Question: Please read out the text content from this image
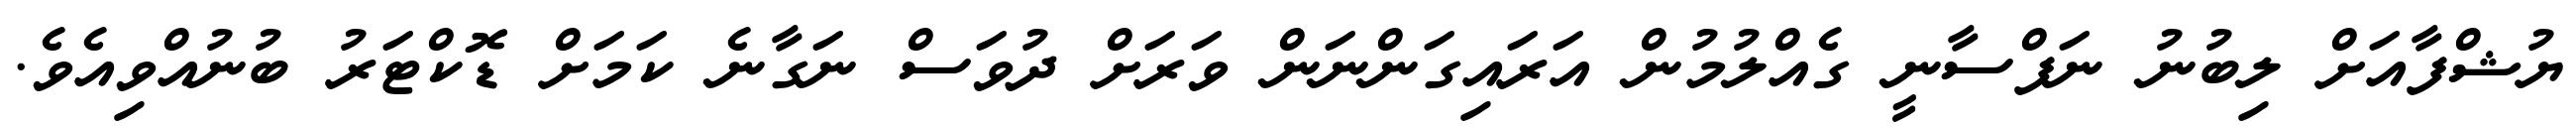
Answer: ޔުޝްފާއަށް ލިބުނު ނަފްސާނީ ގެއްލުމުން އަރައިގަންނަން ވަރަށް ދުވަސް ނަގާނެ ކަމަށް ޑޮކްޓަރު ބުނުއްވިއެވެ.